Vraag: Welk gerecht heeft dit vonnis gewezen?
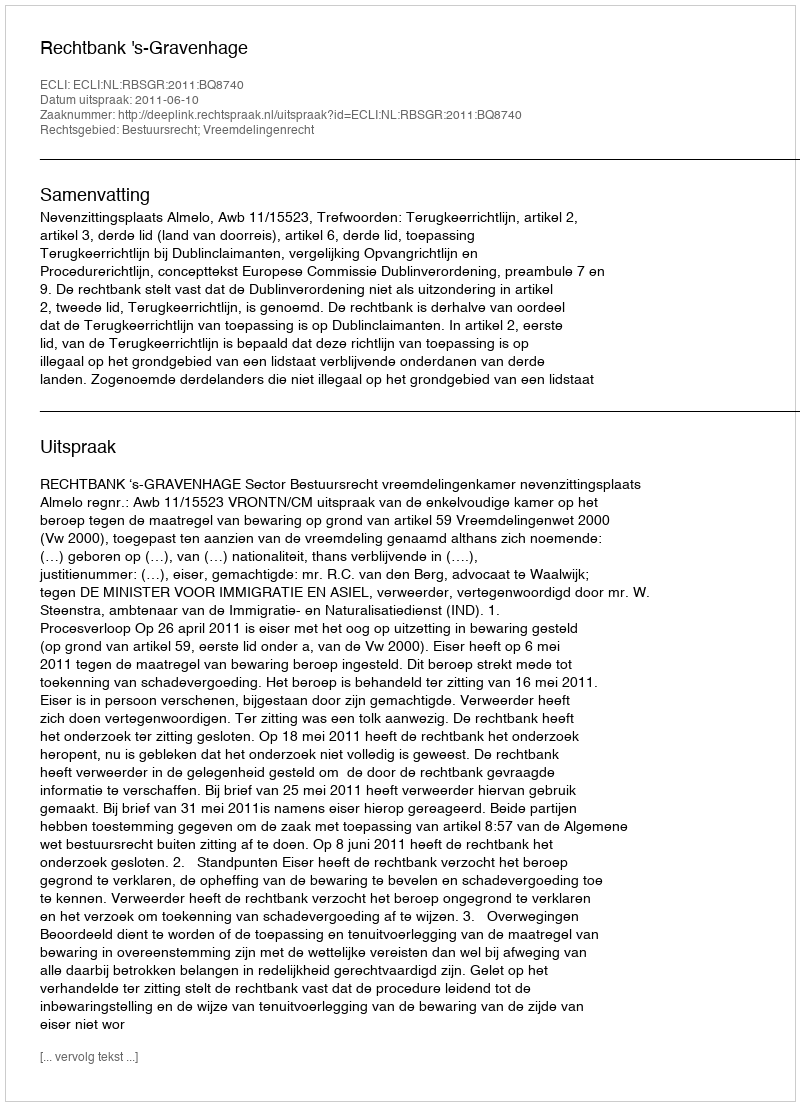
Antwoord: Rechtbank 's-Gravenhage